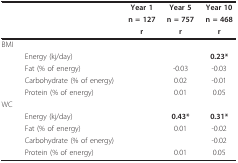
<table><thead><tr><td>[EMPTY_CELL]</td><td>[EMPTY_CELL]</td><td><b>Year 1</b></td><td><b>Year 5</b></td><td><b>Year 10</b></td></tr><tr><td>[EMPTY_CELL]</td><td>[EMPTY_CELL]</td><td><b>n = 127</b></td><td><b>n = 757</b></td><td><b>n = 468</b></td></tr><tr><td>[EMPTY_CELL]</td><td>[EMPTY_CELL]</td><td><b>r</b></td><td><b>r</b></td><td><b>r</b></td></tr></thead><tbody><tr><td>BMI</td><td>[EMPTY_CELL]</td><td>[EMPTY_CELL]</td><td>[EMPTY_CELL]</td><td>[EMPTY_CELL]</td></tr><tr><td>[EMPTY_CELL]</td><td>Energy (kj/day)</td><td>[EMPTY_CELL]</td><td>[EMPTY_CELL]</td><td><b>0.23*</b></td></tr><tr><td>[EMPTY_CELL]</td><td>Fat (% of energy)</td><td>[EMPTY_CELL]</td><td>-0.03</td><td>-0.03</td></tr><tr><td>[EMPTY_CELL]</td><td>Carbohydrate (% of energy)</td><td>[EMPTY_CELL]</td><td>0.02</td><td>-0.01</td></tr><tr><td>[EMPTY_CELL]</td><td>Protein (% of energy)</td><td>[EMPTY_CELL]</td><td>0.01</td><td>0.05</td></tr><tr><td>WC</td><td>[EMPTY_CELL]</td><td>[EMPTY_CELL]</td><td>[EMPTY_CELL]</td><td>[EMPTY_CELL]</td></tr><tr><td>[EMPTY_CELL]</td><td>Energy (kj/day)</td><td>[EMPTY_CELL]</td><td><b>0.43*</b></td><td><b>0.31*</b></td></tr><tr><td>[EMPTY_CELL]</td><td>Fat (% of energy)</td><td>[EMPTY_CELL]</td><td>0.01</td><td>-0.02</td></tr><tr><td>[EMPTY_CELL]</td><td>Carbohydrate (% of energy)</td><td>[EMPTY_CELL]</td><td>[EMPTY_CELL]</td><td>-0.02</td></tr><tr><td>[EMPTY_CELL]</td><td>Protein (% of energy)</td><td>[EMPTY_CELL]</td><td>0.01</td><td>0.05</td></tr></tbody></table>